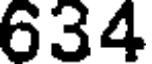
634